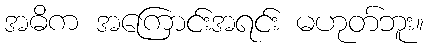
အဓိက အကြောင်းအရင်း မဟုတ်ဘူး။